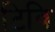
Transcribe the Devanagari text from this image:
टिवि